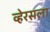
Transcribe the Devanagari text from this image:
व्हेरसला